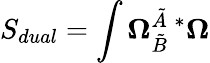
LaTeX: S_{dual}=\int\mathbf{\Omega}_{\tilde{B}}^{\tilde{A}\; \ast}\mathbf{\Omega}